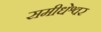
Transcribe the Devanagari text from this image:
समीधेश्वर